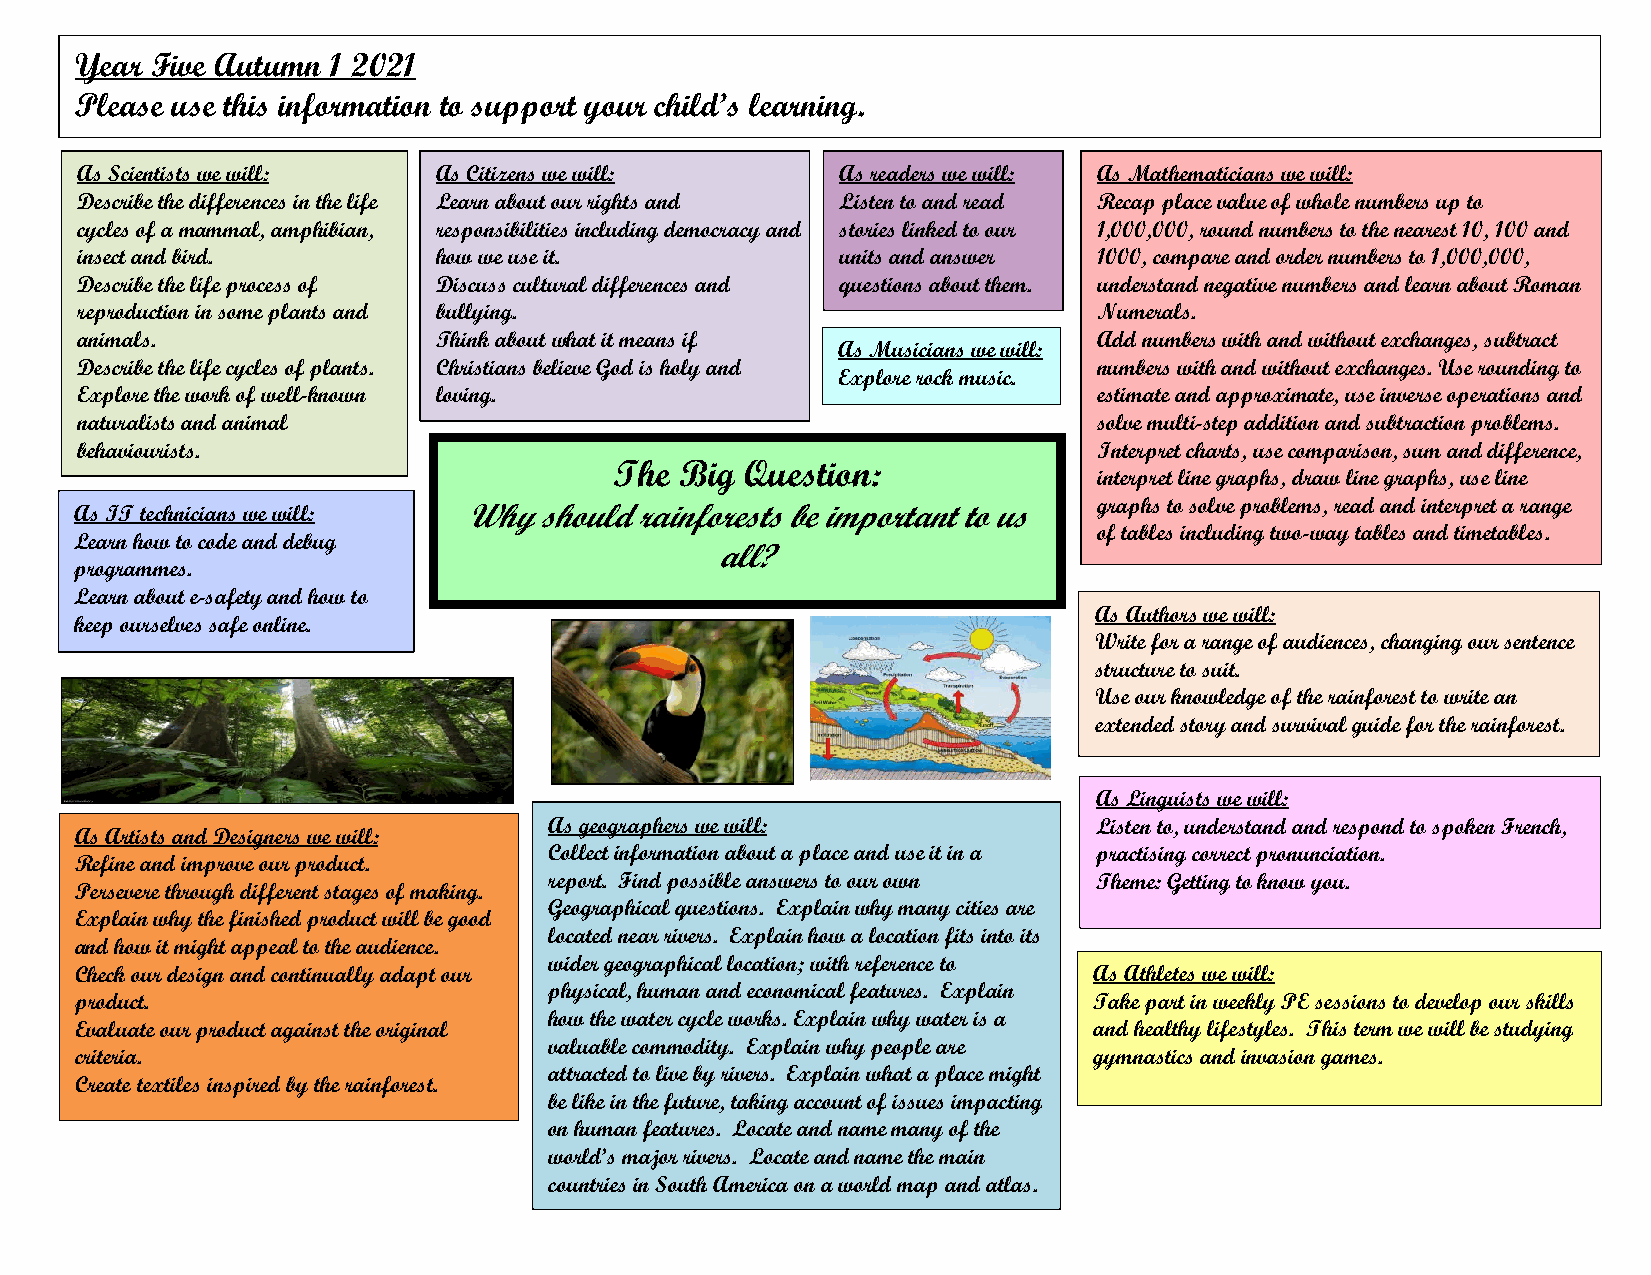
Year Five Autumn 1 2021
 Please use this information to support your child’s learning.
 As Scientists we will:  As Citizens we will:       As readers we will: As Mathematicians we will:
 Describe the differences in the life Learn about our rights and Listen to and read Recap place value of whole numbers up to
 cycles of a mammal, amphibian, responsibilities including democracy and stories linked to our 1,000,000, round numbers to the nearest 10, 100 and
 insect and bird.        how we use it.             units and answer 1000, compare and order numbers to 1,000,000,
 Describe the life process of Discuss cultural differences and questions about them. understand negative numbers and learn about Roman
 reproduction in some plants and bullying.                           Numerals.
 animals.                Think about what it means if                Add numbers with and without exchanges, subtract
 As Musicians we will:
 Describe the life cycles of plants. Christians believe God is holy and numbers with and without exchanges. Use rounding to
 Explore rock music.
 Explore the work of well-known loving.                              estimate and approximate, use inverse operations and
 naturalists and animal                                              solve multi-step addition and subtraction problems.
 behaviourists.                                                      Interpret charts, use comparison, sum and difference,
 The Big Question:
 interpret line graphs, draw line graphs, use line
 graphs to solve problems, read and interpret a range
 As IT technicians we will: Why should rainforests be important to us
 of tables including two-way tables and timetables.
 Learn how to code and debug
 all?
 programmes.
 Learn about e-safety and how to
 As Authors we will:
 keep ourselves safe online.
 Write for a range of audiences, changing our sentence
 structure to suit.
 Use our knowledge of the rainforest to write an
 extended story and survival guide for the rainforest.
 As Linguists we will:
 As geographers we will:              Listen to, understand and respond to spoken French,
 As Artists and Designers we will:
 Collect information about a place and use it in a practising correct pronunciation.
 Refine and improve our product.
 report. Find possible answers to our own Theme: Getting to know you.
 Persevere through different stages of making.
 Geographical questions. Explain why many cities are
 Explain why the finished product will be good
 located near rivers. Explain how a location fits into its
 and how it might appeal to the audience.
 wider geographical location; with reference to
 Check our design and continually adapt our                         As Athletes we will:
 physical, human and economical features. Explain
 product.                                                           Take part in weekly PE sessions to develop our skills
 how the water cycle works. Explain why water is a
 Evaluate our product against the original                          and healthy lifestyles. This term we will be studying
 valuable commodity. Explain why people are
 criteria.                                                          gymnastics and invasion games.
 attracted to live by rivers. Explain what a place might
 Create textiles inspired by the rainforest.
 be like in the future, taking account of issues impacting
 on human features. Locate and name many of the
 world’s major rivers. Locate and name the main
 countries in South America on a world map and atlas.